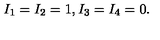
I _ { 1 } = I _ { 2 } = 1 , I _ { 3 } = I _ { 4 } = 0 .